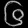
Digit: ၆